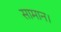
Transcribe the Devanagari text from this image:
सामान।